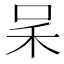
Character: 𠰓